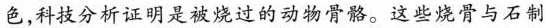
色，科技分析证明是被烧过的动物骨骼。这些烧骨与石制